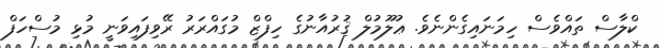
ކްލާސް ތައްވެސް ހިމަނައިގެންނެވެ. ޢުލޫމުލް ޤުރުއާނުގެ ހިފްޒް މުގައްރަރު ރޭވިފައިވަނީ މުޅި މުސްހަފް